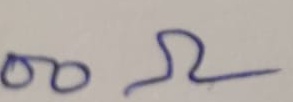
Text: 00Ω